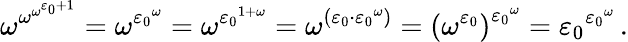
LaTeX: \omega^{\omega^{\omega^{\varepsilon_{0}+1}}}=\omega^{{\varepsilon_{0}}^{\omega}}=\omega^{{\varepsilon_{0}}^{1+\omega}}=\omega^{(\varepsilon_{0}\cdot{\varepsilon_{0}}^{\omega})}={(\omega^{\varepsilon_{0}})}^{{\varepsilon_{0}}^{\omega}}={\varepsilon_{0}}^{{\varepsilon_{0}}^{\omega}}\, .